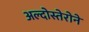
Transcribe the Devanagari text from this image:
अल्दोस्तेरोने